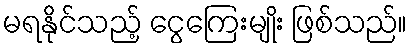
မရနိုင်သည့် ငွေကြေးမျိုး ဖြစ်သည်။